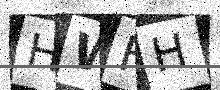
Text: HWHH